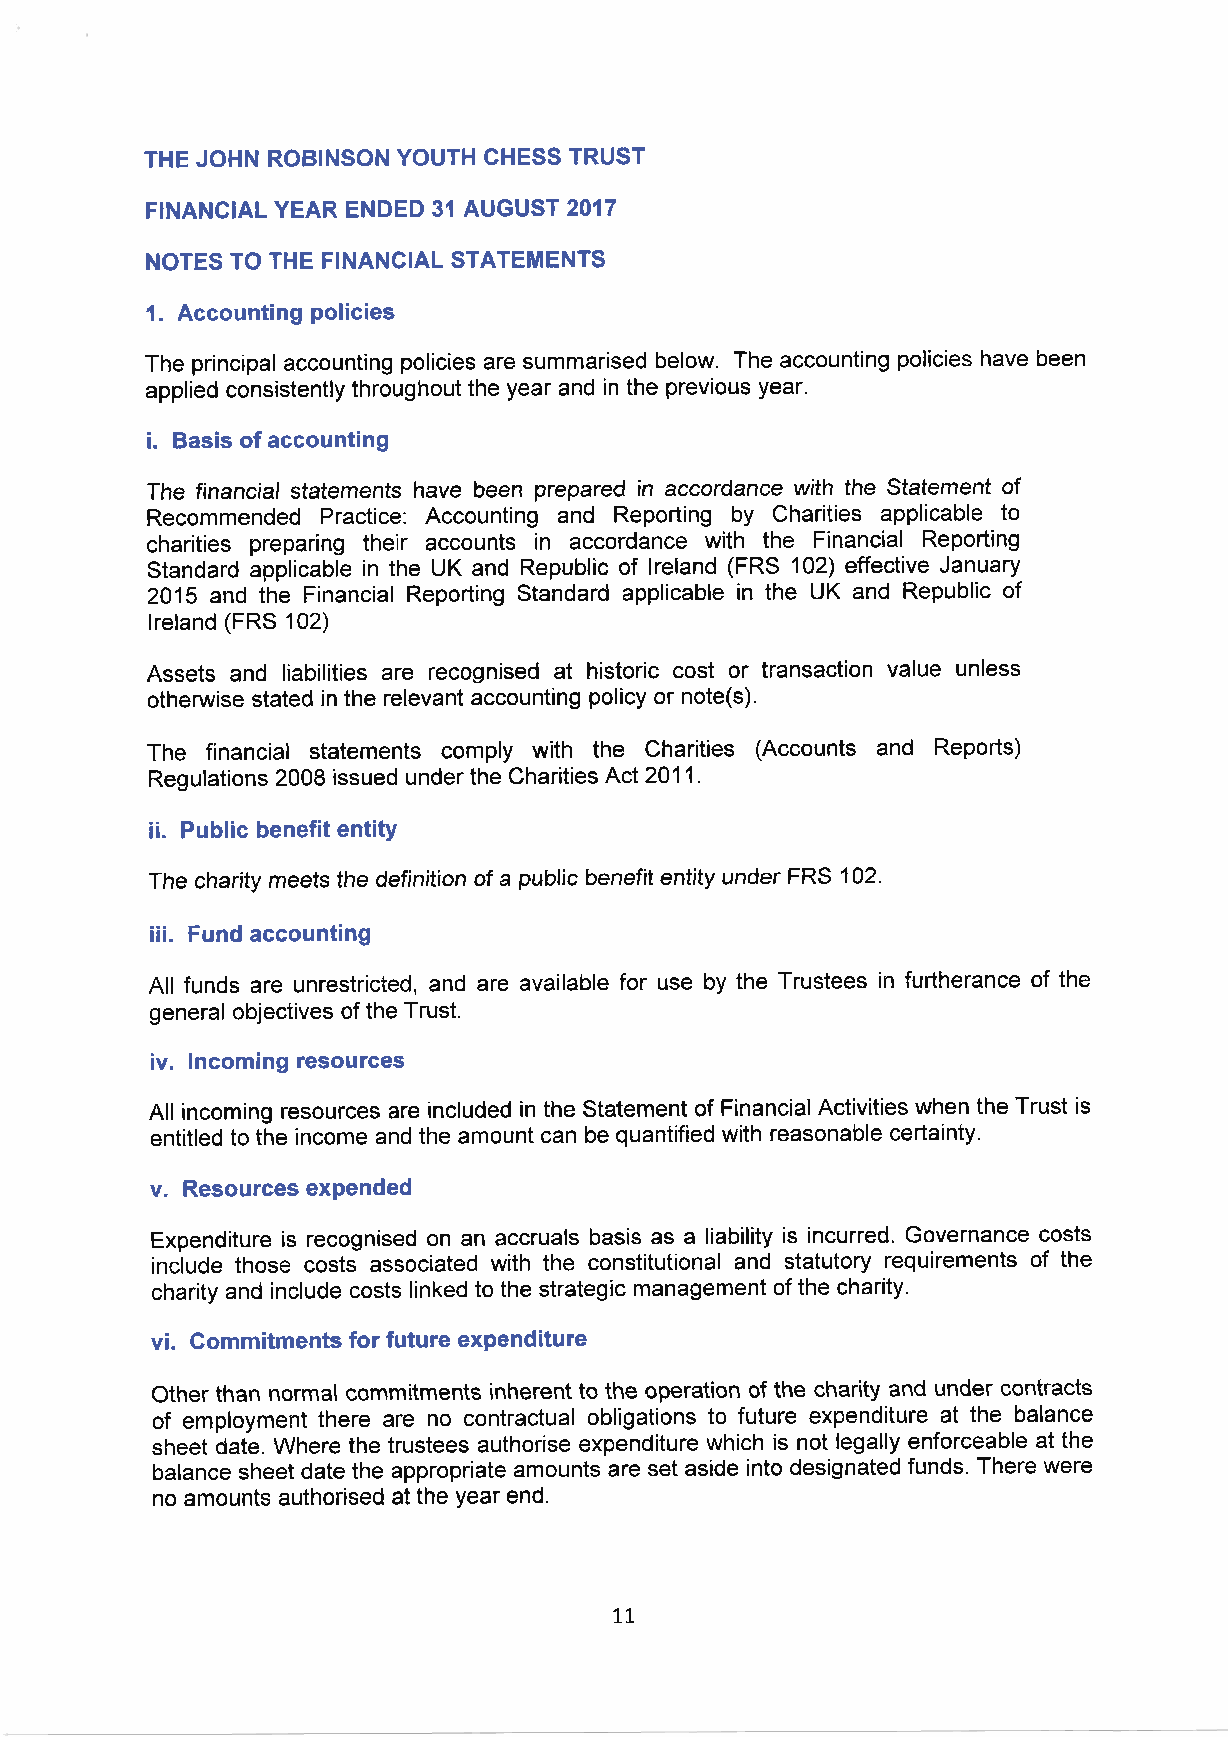
THE JOHN ROBINSON YOUTH CHESS TRUST
 FINANCIAL YEAR ENDED 31 AUGUST 2017
 NOTES TO THE FINANCIAL STATEMENTS
 1. Accounting policies
 The principal accounting policies are summarised below. The accounting policies have been
 applied consistently throughout the year and in the previous year.
 i. Basis of accounting
 The financial statements have been prepared in accordance with the Statement of
 Recommended Practice: Accounting and Reporting by Charities applicable to
 charities preparing their accounts in accordance with the Financial Reporting
 Standard applicable in the UK and Republic of lreland (FRS 102) effective January
 2015 and the Financial Reporting Standard applicable in the UK and Republlc of
 lreland (FRS 102)
 Assets and liabilities are recognised at historic cost or transaction value unless
 otherwise stated in the relevant accounting policy or note(s).
 The financial statements comply with the Charities (Accounts and Reports)
 Regulations 2008 issued under the Charities Act 2011.
 ii. Public benefit entity
 The charity meets the definition of a public benefit entity under FRS 102.
 iii. Fund accounting
 All funds are unrestricted, and are available for use by the Trustees in furtherance of the
 general objectives of the Trust.
 iv. lncoming resources
 All incoming resources are included in the Statement of FinancialActivities when the Trust is
 entitled to the income and the amount can be quantified with reasonable certainty.
 v. Resources expended
 Expenditure is recognised on an accruals basis as a liability is incurred. Governance costs
 include those costs associated with the constitutional and statutory requirements of the
 charity and include costs linked to the strategic management of the charity.
 vi. Commitments for future expenditure
 Other than normal commitments inherent to the operation of the charity and under contracts
 of employment there are no contractual obligations to future expenditure at the balance
 sheet date. Where the trustees authorise expenditure which is not legally enforceable at the
 balance sheet date the appropriate amounts are set aside into designated funds. There were
 no amounts authorised at the year end.
 LT